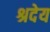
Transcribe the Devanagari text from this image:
श्रदेय